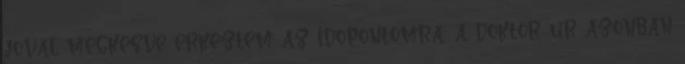
joval megkesve erkeztem az idopontomra, a doktor ur azonban